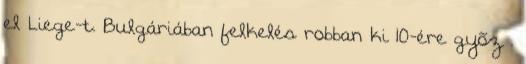
el Liege-t. Bulgáriában felkelés robban ki 10-ére gyõz .